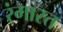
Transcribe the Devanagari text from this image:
रंगास्त